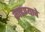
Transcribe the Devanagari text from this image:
काढण्‍याचे